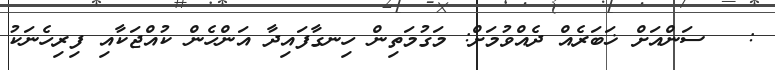
: @ ސަންއަށް ޚަބަރެއް ދެއްވުމަށް: މަގުމަތިން ހިނގާފައިދާ އަންހެން ކުއްޖަކާއި ފިރިހެނަކު